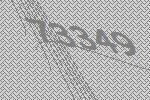
73349